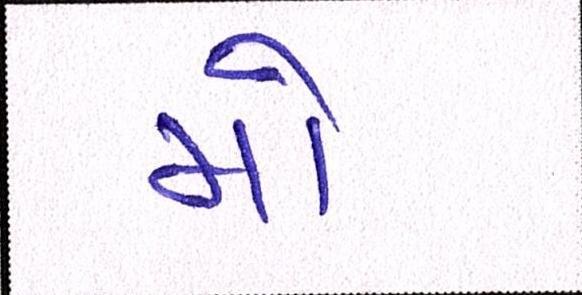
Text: મો